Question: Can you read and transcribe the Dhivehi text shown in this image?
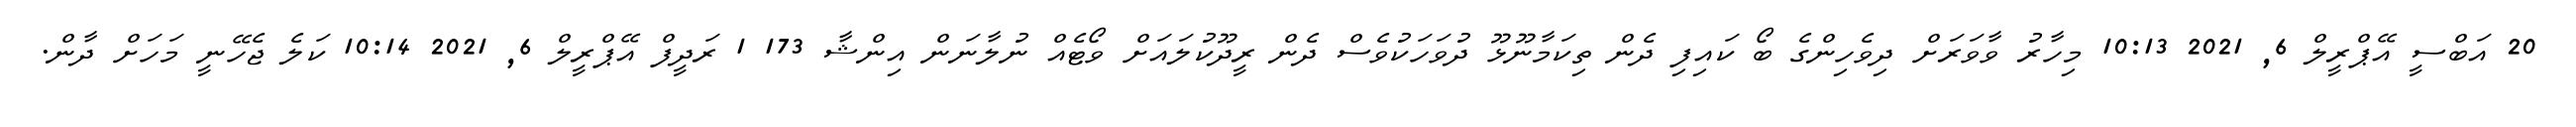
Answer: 20 އަބްސީ އޭޕްރީލް 6, 2021 10:13 މިހާރު ވާވަރަށް ދިވެހިންގެ ބޯ ކައިފި ދެން ތިކަމާނޫޅޫ ދުވަހަކުވެސް ދެން ރީދޫކުލައަށް ވޯޓެއް ނުލާނަން އިންޝާ 173 1 ރަދީފް އޭޕްރީލް 6, 2021 10:14 ކަލެ ޖެހޭނީ މަހަށް ދާން.